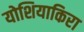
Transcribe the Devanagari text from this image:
योशियाकिरा